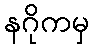
နဂိုကမှ